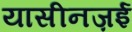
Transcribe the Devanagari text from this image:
यासीनज़ई